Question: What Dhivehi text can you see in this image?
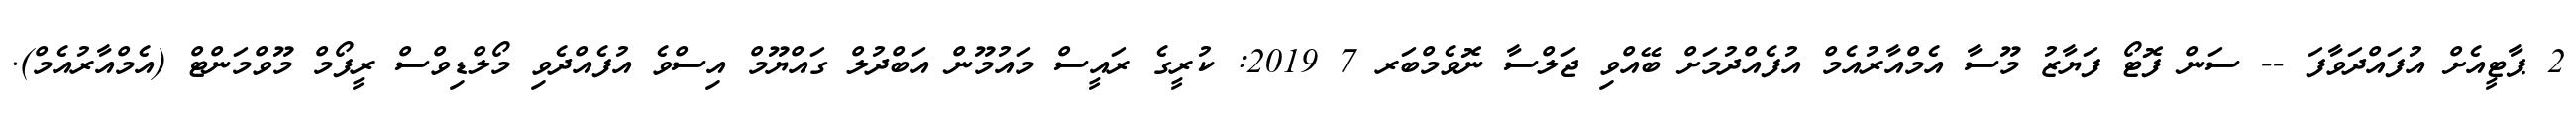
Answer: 2 ޕާޓީއެށް އުފައްދަވާފަ -- ސަން ފޮޓޯ ފަޔާޒު މޫސާ އެމްއާރުއެމް އުފެއްދުމަށް ބޭއްވި ޖަލްސާ ނޮވެމްބަރ 7 2019: ކުރީގެ ރައީސް މައުމޫން އަބްދުލް ގައްޔޫމް އިސްވެ އުފެއްދެވި މޯލްޑިވްސް ރީފޯމް މޫވްމަންޓް (އެމްއާރުއެމް).